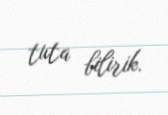
tuta bilirik.